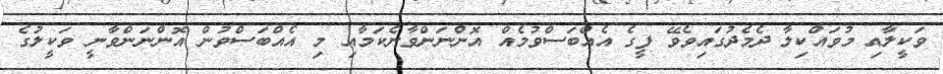
ވަކީލާއި މުވައްކިލާ ދެމެދުގައިވެވޭ ފީގެ އެއްބަސްވުމެއް އޮންނަންވާނެކަމާއި މި އެއްބަސްވުން އޮންނަންވާނީ ވަކީލުގެ